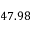
4 7 . 9 8